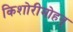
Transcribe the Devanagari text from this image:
किशोरीमोहन्